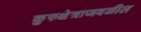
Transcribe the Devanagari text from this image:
कुरुक्षेत्राजवळील